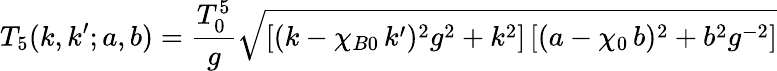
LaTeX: T_{5}(k,k^{\prime};a,b)=\frac{T_{0}^{5}}{g}\sqrt{\left[(k-\chi_{B0}\, k^{\prime})^{2}g^{2}+k^{2}\right]\left[(a-\chi_{0}\, b)^{2}+b^{2}g^{-2}\right]}